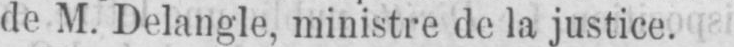
de M. Delangle, ministre de la justice.